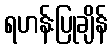
ရဟန်းပြုချိန်